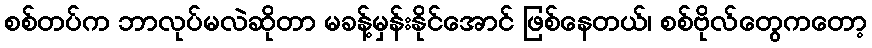
စစ်တပ်က ဘာလုပ်မလဲဆိုတာ မခန့်မှန်းနိုင်အောင် ဖြစ်နေတယ်၊ စစ်ဗိုလ်တွေကတော့